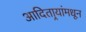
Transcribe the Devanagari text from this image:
आदितार्‍यांमधून